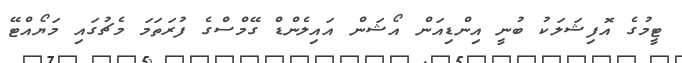
ޓީމުގެ އޮފިޝަލަކު ބުނީ އިންޑިއަން އޯޝަން އައިލެންޑް ގޭމްސްގެ ފުރަތަމަ މެޗުގައި މަޔޯއްޓޭ